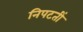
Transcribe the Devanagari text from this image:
निपटतीं